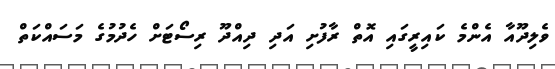
ވެލިދޫއާ އެންމެ ކައިރީގައި އޮތް ރާފުށި އަދި ދިއްދޫ ރިސޯޓަށް ހެދުމުގެ މަސައްކަތް